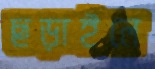
ছড়াইলে